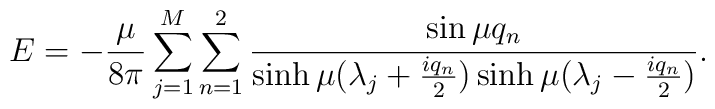
E=-{\mu \over 8 \pi }\sum_{j=1}^{M} \sum_{n =1}^{2} { \sin \muq_{n} \over \sinh \mu (\lambda_{j}+ {iq_{n}\over 2})\sinh \mu(\lambda_{j}- {iq_{n} \over 2})}.